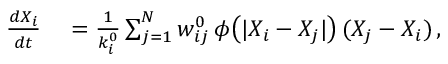
\begin{array} { r l } { \frac { d X _ { i } } { d t } } & { { } = \frac { 1 } { k _ { i } ^ { 0 } } \sum _ { j = 1 } ^ { N } w _ { i j } ^ { 0 } \, \phi \big ( | X _ { i } - X _ { j } | \big ) \, ( X _ { j } - X _ { i } ) \, , } \end{array}